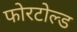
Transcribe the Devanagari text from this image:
फोरटोल्‍ड